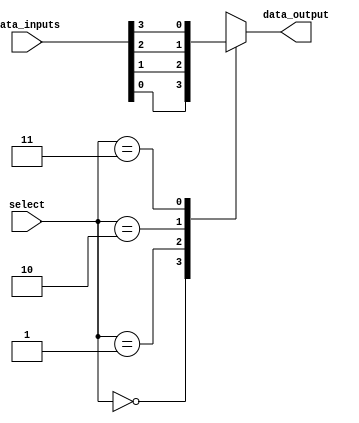
module mux_demux_buffer(
    input [3:0] data_inputs,
    input [1:0] select,
    output reg data_output
);
    
always @(*)
begin
    case(select) 
        2'b00: data_output = data_inputs[0];
        2'b01: data_output = data_inputs[1];
        2'b10: data_output = data_inputs[2];
        2'b11: data_output = data_inputs[3];
    endcase
end

endmodule